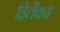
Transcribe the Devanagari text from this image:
हितैक्य